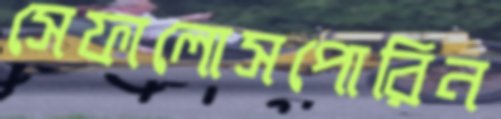
সেফালোসপোরিন